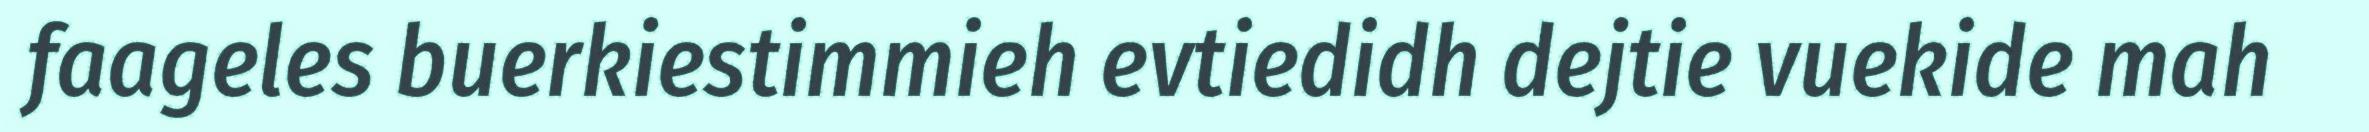
faageles buerkiestimmieh evtiedidh dejtie vuekide mah